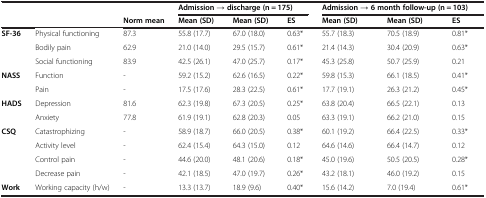
<table><thead><tr><td><b> </b></td><td><b> </b></td><td><b> </b></td><td colspan="3"><b>Admission → discharge (n = 175)</b></td><td colspan="3"><b>Admission → 6 month follow-up (n = 103)</b></td></tr><tr><td><b> </b></td><td><b> </b></td><td><b>Norm mean</b></td><td><b>Mean (SD)</b></td><td><b>Mean (SD)</b></td><td><b>ES</b></td><td><b>Mean (SD)</b></td><td><b>Mean (SD)</b></td><td><b>ES</b></td></tr></thead><tbody><tr><td rowspan="3"><b>SF-36</b></td><td>Physical functioning</td><td>87.3</td><td>55.8 (17.7)</td><td>67.0 (18.0)</td><td>0.63*</td><td>55.7 (18.3)</td><td>70.5 (18.9)</td><td>0.81*</td></tr><tr><td>Bodily pain</td><td>62.9</td><td>21.0 (14.0)</td><td>29.5 (15.7)</td><td>0.61*</td><td>21.4 (14.3)</td><td>30.4 (20.9)</td><td>0.63*</td></tr><tr><td>Social functioning</td><td>83.9</td><td>42.5 (26.1)</td><td>47.0 (25.7)</td><td>0.17*</td><td>45.3 (25.8)</td><td>50.7 (25.9)</td><td>0.21</td></tr><tr><td rowspan="2"><b>NASS</b></td><td>Function</td><td>-</td><td>59.2 (15.2)</td><td>62.6 (16.5)</td><td>0.22*</td><td>59.8 (15.3)</td><td>66.1 (18.5)</td><td>0.41*</td></tr><tr><td>Pain</td><td>-</td><td>17.5 (17.6)</td><td>28.3 (22.5)</td><td>0.61*</td><td>17.7 (19.1)</td><td>26.3 (21.2)</td><td>0.45*</td></tr><tr><td rowspan="2"><b>HADS</b></td><td>Depression</td><td>81.6</td><td>62.3 (19.8)</td><td>67.3 (20.5)</td><td>0.25*</td><td>63.8 (20.4)</td><td>66.5 (22.1)</td><td>0.13</td></tr><tr><td>Anxiety</td><td>77.8</td><td>61.9 (19.1)</td><td>62.8 (20.3)</td><td>0.05</td><td>63.3 (19.1)</td><td>66.2 (21.0)</td><td>0.15</td></tr><tr><td rowspan="4"><b>CSQ</b></td><td>Catastrophizing</td><td>-</td><td>58.9 (18.7)</td><td>66.0 (20.5)</td><td>0.38*</td><td>60.1 (19.2)</td><td>66.4 (22.5)</td><td>0.33*</td></tr><tr><td>Activity level</td><td>-</td><td>62.4 (15.4)</td><td>64.3 (15.0)</td><td>0.12</td><td>64.6 (14.6)</td><td>66.4 (14.7)</td><td>0.12</td></tr><tr><td>Control pain</td><td>-</td><td>44.6 (20.0)</td><td>48.1 (20.6)</td><td>0.18*</td><td>45.0 (19.6)</td><td>50.5 (20.5)</td><td>0.28*</td></tr><tr><td>Decrease pain</td><td>-</td><td>42.1 (18.5)</td><td>47.0 (19.7)</td><td>0.26*</td><td>43.2 (18.1)</td><td>46.0 (19.2)</td><td>0.15</td></tr><tr><td><b>Work</b></td><td>Working capacity (h/w)</td><td>-</td><td>13.3 (13.7)</td><td>18.9 (9.6)</td><td>0.40*</td><td>15.6 (14.2)</td><td>7.0 (19.4)</td><td>0.61*</td></tr></tbody></table>